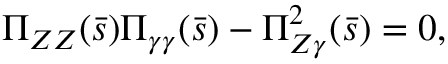
\Pi _ { Z Z } ( \bar { s } ) \Pi _ { \gamma \gamma } ( \bar { s } ) - \Pi _ { Z \gamma } ^ { 2 } ( \bar { s } ) = 0 ,